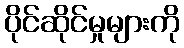
ပိုင်ဆိုင်မှုများကို